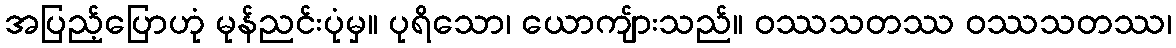
အပြည့်ပြောဟုံ မုန်ညင်းပုံမှ။ ပုရိသော၊ ယောကျ်ားသည်။ ဝဿသတဿ ဝဿသတဿ၊